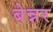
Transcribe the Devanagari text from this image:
बेन्नर